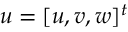
\boldsymbol { u } = [ u , v , w ] ^ { t }